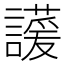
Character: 𬣊